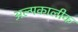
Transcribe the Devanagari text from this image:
अल्पकालीक